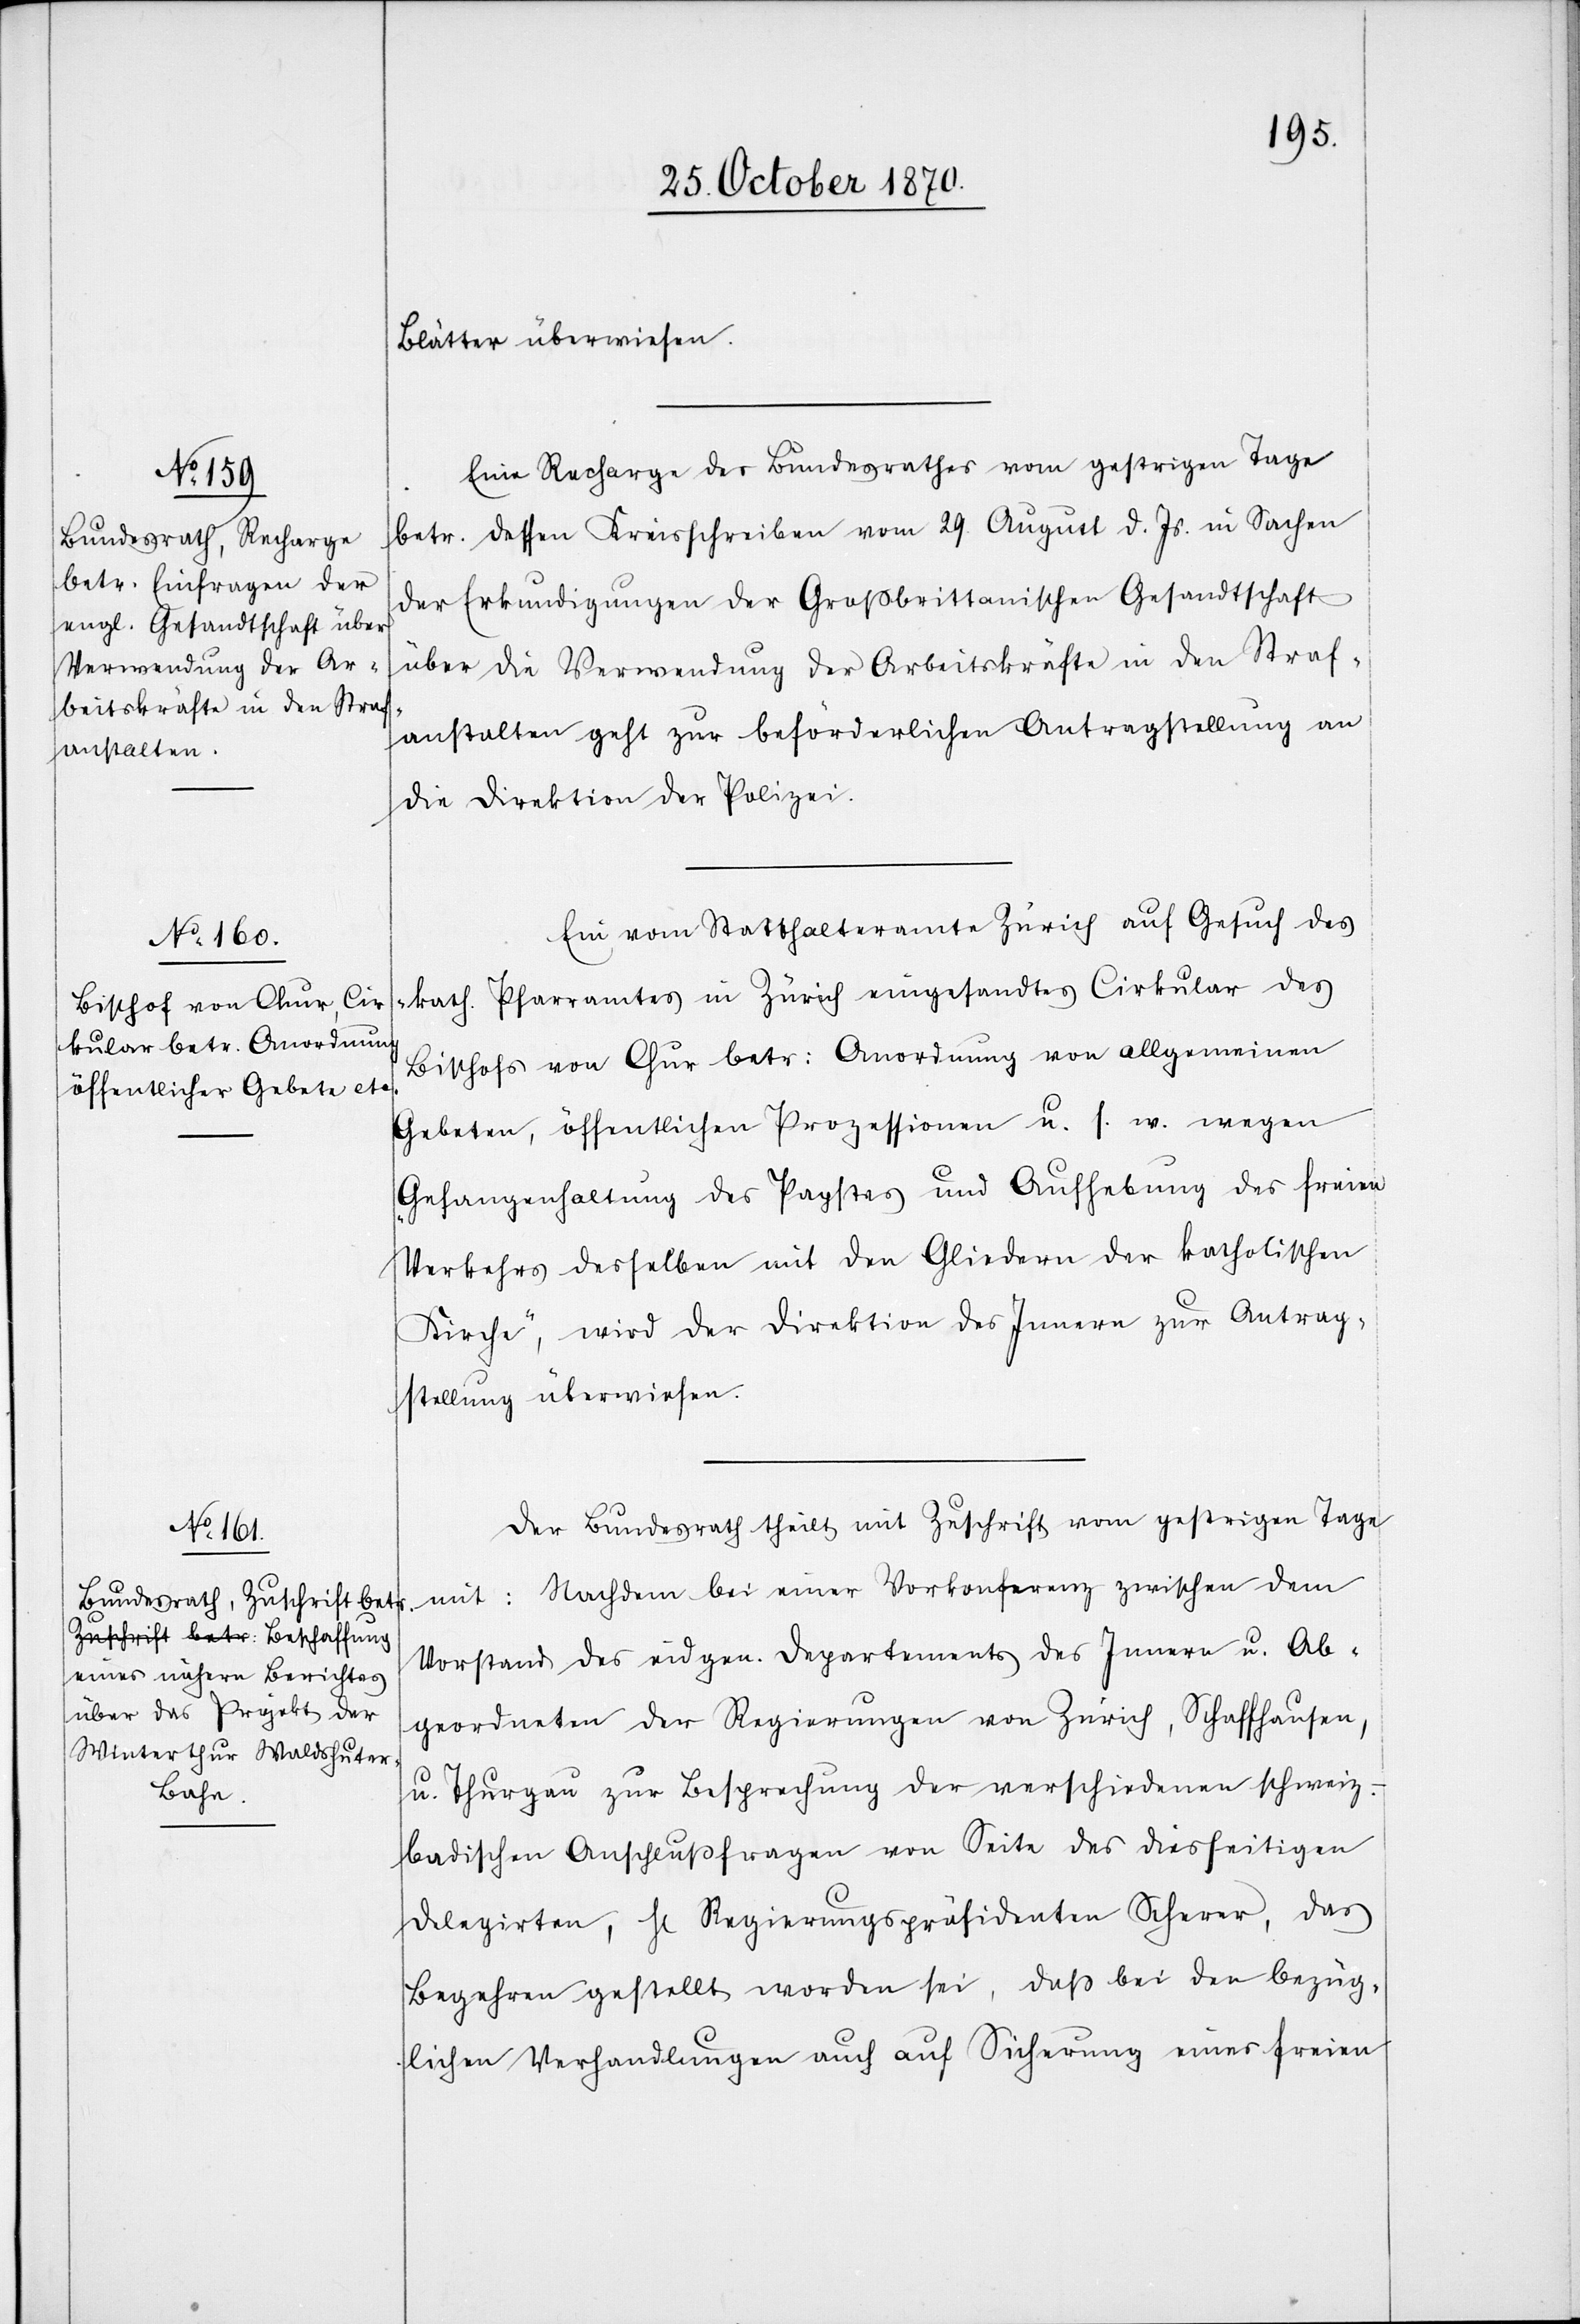
27. October 1870.]
Blätter überwiesen.
Eine Recharge des Bundesrathes vom gestrigen Tage
betr. dessen Kreisschreiben vom 29. August d. Js. in Sachen
der Erkundigungen der Großbrittanischen Gesandtschaft
über die Verwendung der Arbeitskräfte in den Straf¬
anstalten geht zur beförderlichen Antragstellung an
die Direktion der Polizei.
Eine vom Statthalteramt Zürich auf Gesuch des
kath. Pfarramtes in Zürich eingesandtes Cirkular des
Bischofs von Chur betr: Anordnung von allgemeinen
Gebeten, öffentlichen Prozessionen u. s. w. wegen
„Gefangenhaltung des Papstes und Aufhebung des freien
Verkehrs derselben mit den Gliedern der katholischen
Kirche“, wird der Direktion des Innern zur Antrag¬
stellung überwiesen.
Der Bundesrath theilt mit Zuschrift vom gestrigen Tage
mit: Nachdem bei einer Vorkonferenz zwischen dem
Vorstand des eidgen. Departements des Innern u. Ab¬
geordneten der Regierungen von Zürich, Schaffhausen,
u. Thurgau zur Besprechung der verschiedenen schwei¬
z.-badischen Anschlußfragen von Seite des diesseitigen
Delegirten, H[errn] Regierungspräsidenten Scherer, das
Begehren gestellt worden sei, daß bei den bezüg¬
lichen Verhandlungen auch auf Sicherung eines freien